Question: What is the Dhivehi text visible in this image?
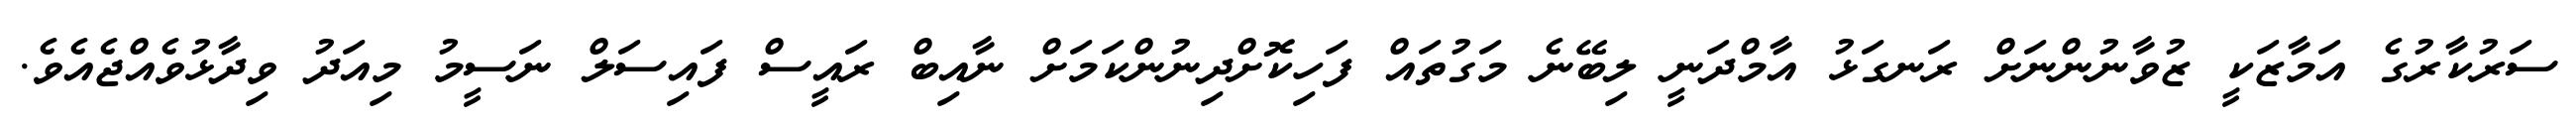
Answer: ސަރުކާރުގެ އަމާޒަކީ ޒުވާނުންނަށް ރަނގަޅު އާމްދަނީ ލިބޭނެ މަގުތައް ފަހިކޮށްދިނުންކަމަށް ނާއިބް ރައީސް ފައިސަލް ނަސީމު މިއަދު ވިދާޅުވެއްޖެއެވެ.